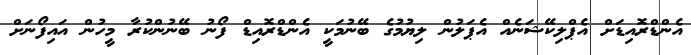
އެންޑްރޮއިޑަށް އެޕްލިކޭޝަނެއް އެޕަލުން ލިޔުމުގެ ބޭނުމަކީ އެންޑްރޮއިޑް ފޯނު ބޭނުންކުރާ މީހުން އައިފޯނަށް